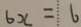
6 x = 6